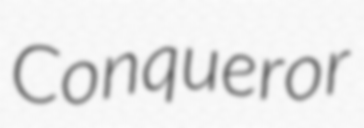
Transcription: Conqueror